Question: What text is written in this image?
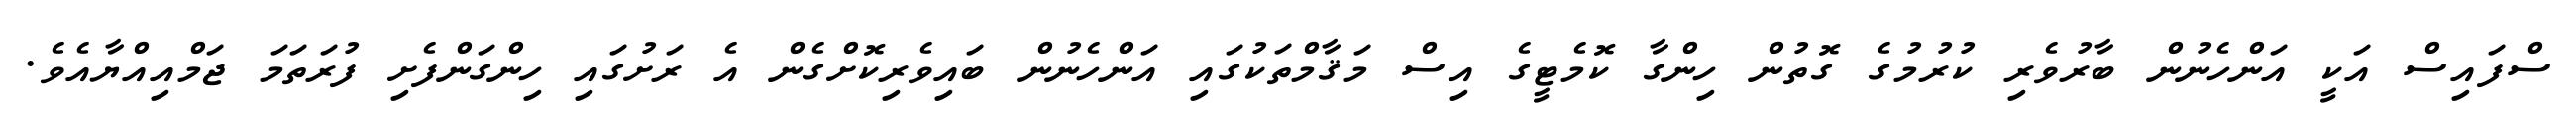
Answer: ސްފައިސް އަކީ އަންހެނުން ބާރުވެރި ކުރުމުގެ ގޮތުން ހިންގާ ކޮމެޓީގެ އިސް މަޤާމްތަކުގައި އަންހެނުން ބައިވެރިކޮށްގެން އެ ރަށުގައި ހިންގަންފެށި ފުރަތަމަ ޖަމްއިއްޔާއެވެ.